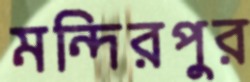
মন্দিরপুর